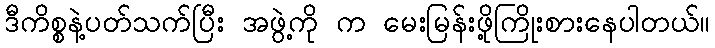
ဒီကိစ္စနဲ့ပတ်သက်ပြီး အဖွဲ့ကို က မေးမြန်းဖို့ကြိုးစားနေပါတယ်။